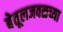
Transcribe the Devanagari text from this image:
बेतूलजवळच्या